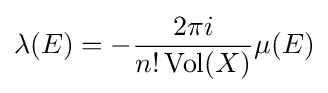
\lambda (E)=-{\frac {2\pi i}{n!\operatorname {Vol} (X)}}\mu (E)